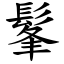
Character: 髼